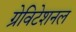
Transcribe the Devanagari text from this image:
ग्रेविटेशनल